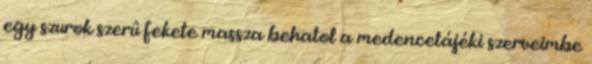
egy szurok szerû fekete massza behatol a medencetájéki szerveimbe